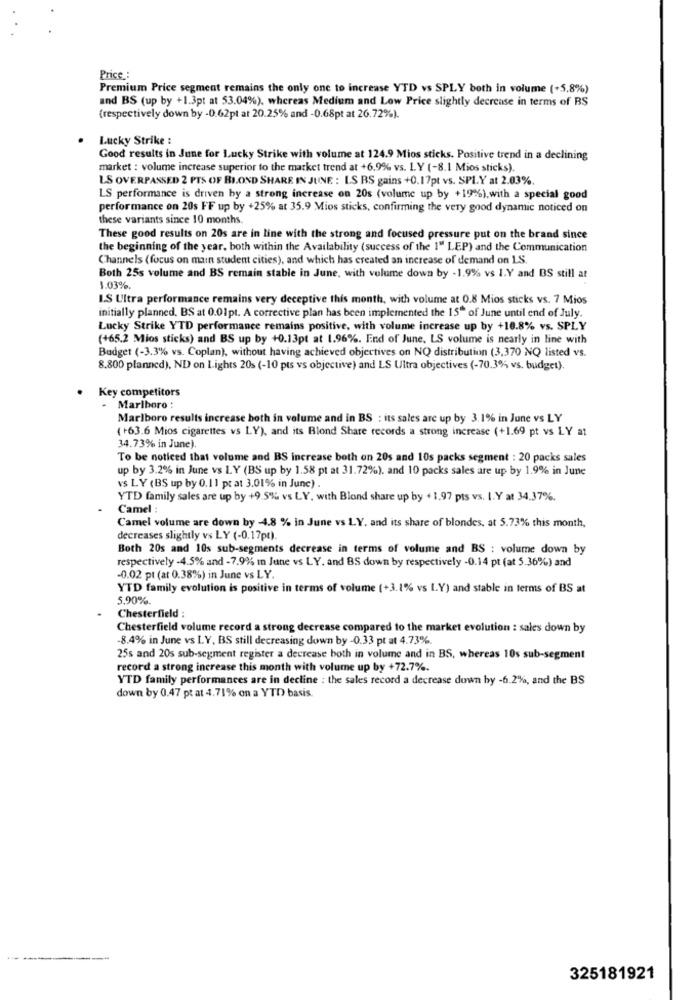
Price :
Premium Price segment remains the only one to increase YTD vs SPLY both in volume (+5.8%)
and BS (up by +1.3pt at 53.04%), whereas Medium and Low Price slightly decrease in terms of BS
(respectively down by -0.62pt at 20.25% and -0.68pt at 26.72%).
Lucky Strike :
Good results in June for Lucky Strike with volume at 124.9 Mios sticks. Positive trend in a declining
market : volume increase superior to the market trend at +6.9% vs. L.Y (-8.1 Mios sticks).
LS OVERPASSED 2 PTS OF BLOND SHARE IN JUNE : L.S BS gains +0.17pt vs. SPLY at 2.03%.
LS performance is driven by a strong increase on 20s (volume up by +19%), with a special good
performance on 20s FF up by +25% at 35.9 Mios sticks, confirming the very good dynamic noticed on
these variants since 10 months.
These good results on 20s are in line with the strong and focused pressure put on the brand since
the beginning of the year, both within the Availability (success of the 1" LEP) and the Communication
Channels (focus on main student cities), and which has created an increase of demand on LS.
Both 25s volume and BS remain stable in June, with volume down by -1.9% vs 1.Y and BS still at
1.03%.
I.S Ultra performance remains very deceptive this month, with volume at 0.8 Mios sticks vs. 7 Mios
initially planned. BS at 0.01pt. A corrective plan has been implemented the 15" of June until end of July.
Lucky Strike YTD performance remains positive, with volume increase up by +10.8% vs. SPLY
(+65.2 Mios sticks) and BS up by +0.13pt at 1.96%. End of June, LS volume is nearly in line with
Budget (-3.3% vs. Coplan), without having achieved objectives on NQ distribution (3,370 NQ listed vs.
8.800 planned), ND on Lights 20s (-10 pts vs objective) and LS Ultra objectives (-70.3% vs. budget).
. Key competitors
Marlboro :
Marlboro results increase both in volume and in BS : its sales are up by 3.1% in June vs LY
(+63.6 Mios cigarettes vs L.Y), and its Blond Share records a strong increase (+1.69 pt vs LY at
34.73% in June).
To be noticed that volume and BS increase both on 20s and 10s packs segment : 20 packs sales
up by 3.2% in June vs LY (BS up by 1.58 pt at 31.72%). and 10 packs sales are up by 1.9% in June
vs LY (BS up by 0.11 pt at 3.01% in June) .
YTD family sales are up by +9.5% vs LY, with Blond share up by + 1.97 pts vs. I.Y at 34.37%.
Camel :
Camel volume are down by -4.8 % in June vs LY, and its share of blondes, at 5.73% this month,
decreases slightly vs LY (-0.17pt).
Both 20s and 10s sub-segments decrease in terms of volume and BS : volume down by
respectively -4.5% and - 7.9% in June vs LY. and BS down by respectively -0.14 pt (at 5.36%) and
-0.02 pt (at 0.38%) in June vs LY.
YTD family evolution is positive in terms of volume (+3.1% vs L.Y) and stable in terms of BS at
5.90%.
Chesterfield :
Chesterfield volume record a strong decrease compared to the market evolution : sales down by
-8.4% in June vs LY, BS still decreasing down by -0.33 pt at 4.73%.
25s and 20s sub-segment register a decrease both in volume and in BS, whereas 10s sub-segment
record a strong increase this month with volume up by +72.7%.
YTD family performances are in decline : the sales record a decrease down by -6.2%, and the BS
down by 0.47 pt at 4.71% on a YTD basis.
325181921